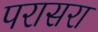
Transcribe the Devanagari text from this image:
परासरा